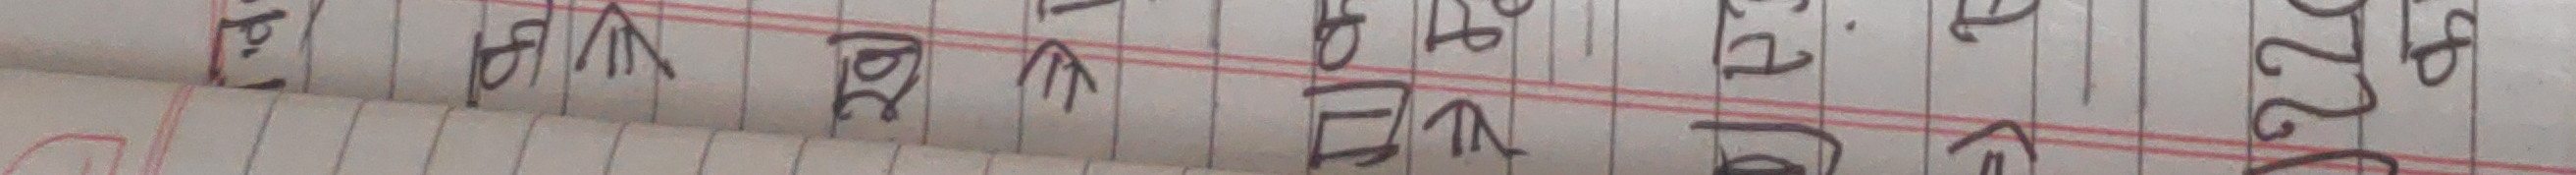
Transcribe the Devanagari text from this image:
वि.टि. था ले उन एउटा लि 220